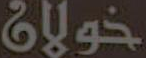
خولان